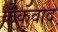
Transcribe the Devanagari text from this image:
कँकुवाद